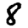
Digit: 8